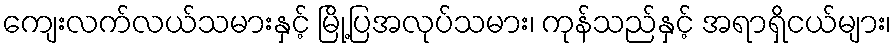
ကျေးလက်လယ်သမားနှင့် မြို့ပြအလုပ်သမား၊ ကုန်သည်နှင့် အရာရှိငယ်များ၊